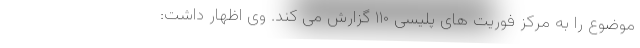
موضوع را به مرکز فوریت های پلیسی ۱۱۰ گزارش می کند. وی اظهار داشت: